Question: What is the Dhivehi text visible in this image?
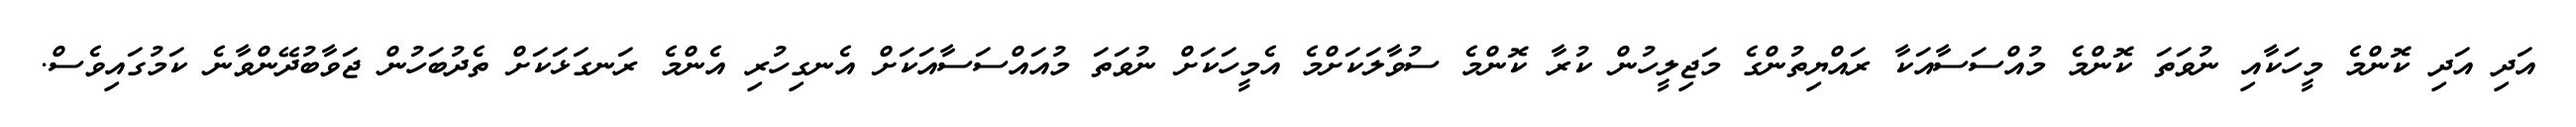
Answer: އަދި އަދި ކޮންމެ މީހަކާއި ނުވަތަ ކޮންމެ މުއްސަސާއަކާ ރައްޔިތުންގެ މަޖިލީހުން ކުރާ ކޮންމެ ސުވާލަކަށްމެ އެމީހަކަށް ނުވަތަ މުއައްސަސާއަކަށް އެނގިހުރި އެންމެ ރަނގަޅަކަށް ތެދުބަހުން ޖަވާބުދޭންވާނެ ކަމުގައިވެސް.